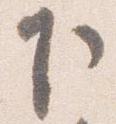
下